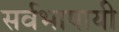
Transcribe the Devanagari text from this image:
सर्वभाषायी